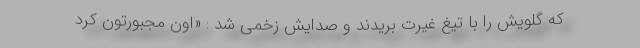
که گلویش را با تیغ غیرت بریدند و صدایش زخمی شد : «اون مجبورتون کرد